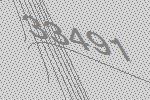
33491